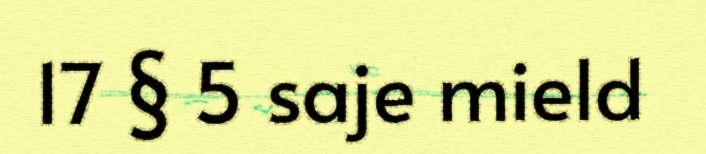
17 § 5 saje mield